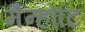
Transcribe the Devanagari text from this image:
मैन्होटि